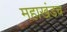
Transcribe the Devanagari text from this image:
महाखंडच